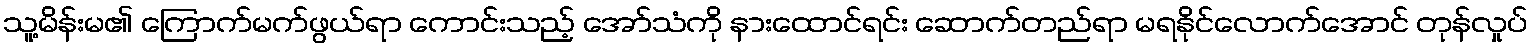
သူ့မိန်းမ၏ ကြောက်မက်ဖွယ်ရာ ကောင်းသည့် အော်သံကို နားထောင်ရင်း ဆောက်တည်ရာ မရနိုင်လောက်အောင် တုန်လှုပ်